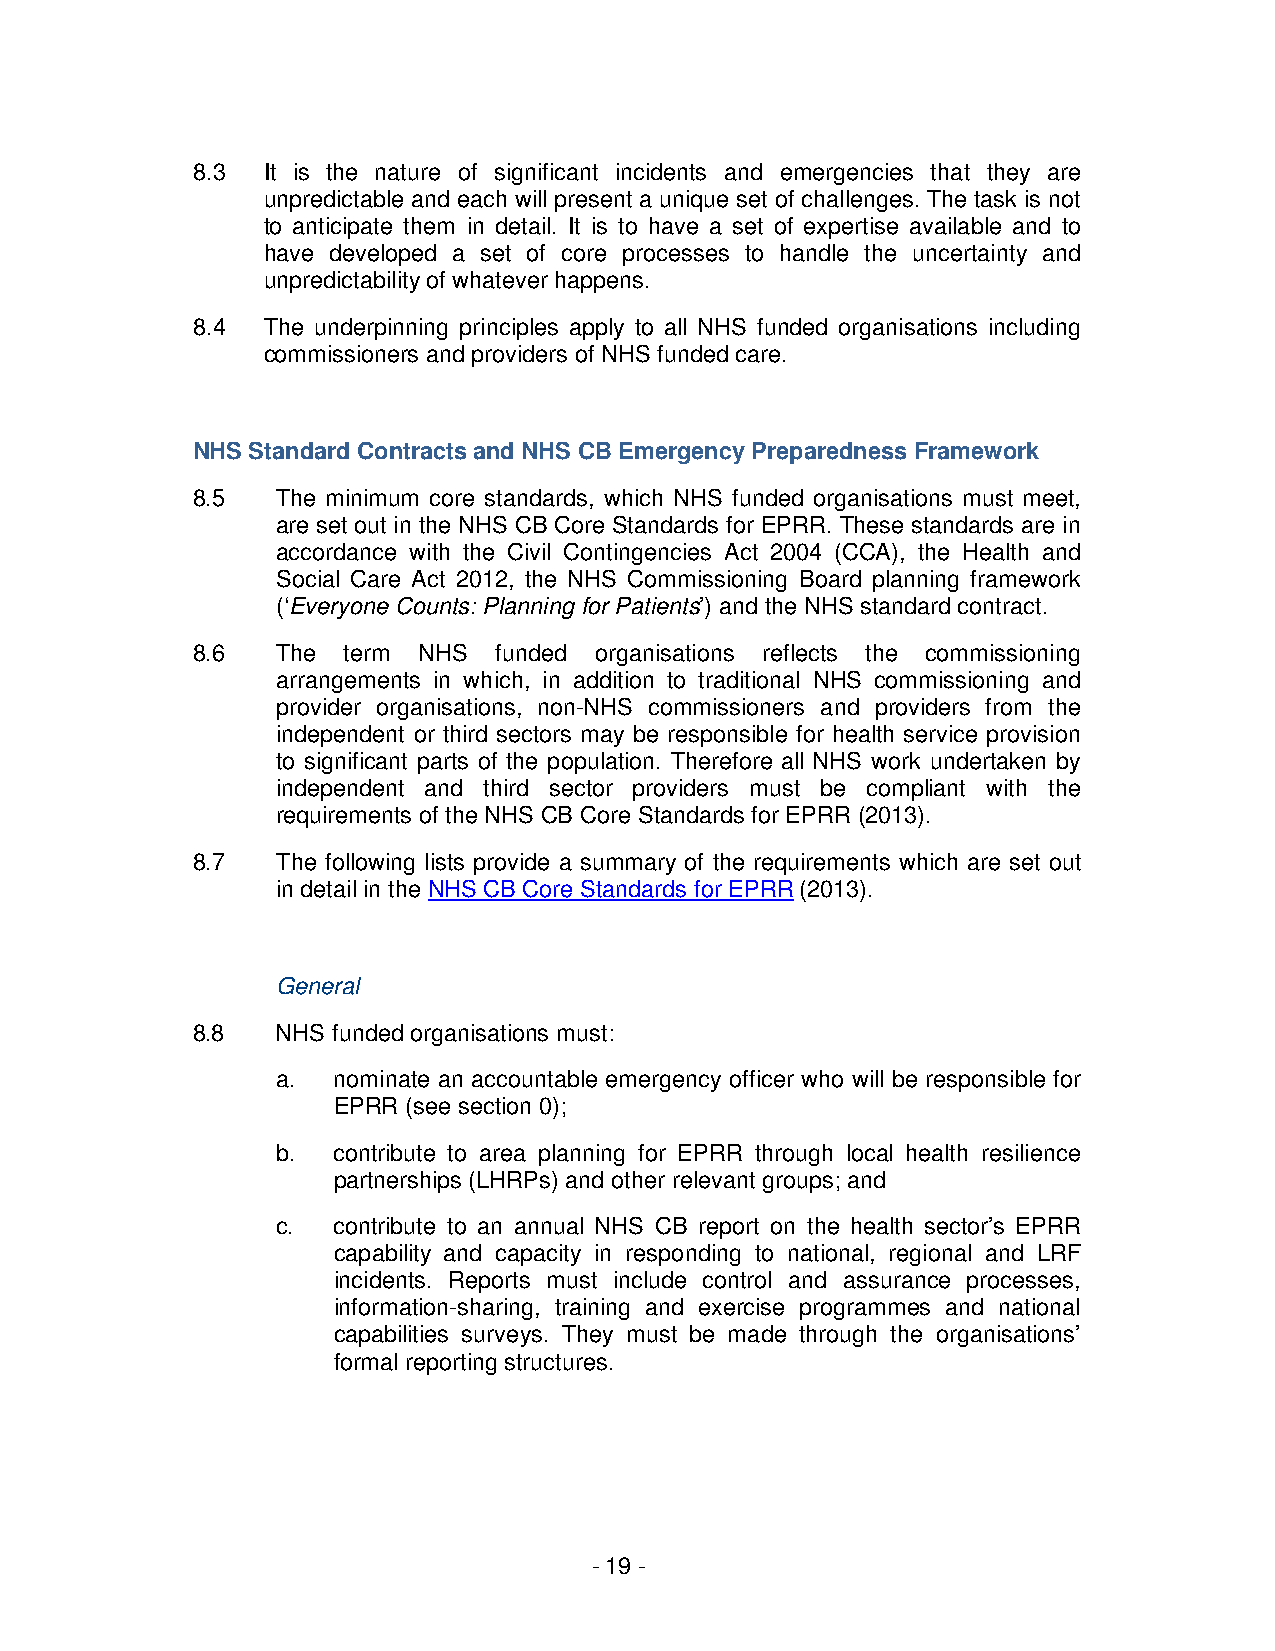
8.3 It is the nature of significant incidents and emergencies that they are
 unpredictable and each will present a unique set of challenges. The task is not
 to anticipate them in detail. It is to have a set of expertise available and to
 have developed a set of core processes to handle the uncertainty and
 unpredictability of whatever happens.
 8.4 The underpinning principles apply to all NHS funded organisations including
 commissioners and providers of NHS funded care.
 NHS Standard Contracts and NHS CB Emergency Preparedness Framework
 8.5  The minimum core standards, which NHS funded organisations must meet,
 are set out in the NHS CB Core Standards for EPRR. These standards are in
 accordance with the Civil Contingencies Act 2004 (CCA), the Health and
 Social Care Act 2012, the NHS Commissioning Board planning framework
 (‘Everyone Counts: Planning for Patients’) and the NHS standard contract.
 8.6  The  term NHS  funded organisations reflects the commissioning
 arrangements in which, in addition to traditional NHS commissioning and
 provider organisations, non-NHS commissioners and providers from the
 independent or third sectors may be responsible for health service provision
 to significant parts of the population. Therefore all NHS work undertaken by
 independent and third sector providers must be compliant with the
 requirements of the NHS CB Core Standards for EPRR (2013).
 8.7  The following lists provide a summary of the requirements which are set out
 in detail in the NHS CB Core Standards for EPRR (2013).
 General
 8.8  NHS funded organisations must:
 a.  nominate an accountable emergency officer who will be responsible for
 EPRR (see section 0);
 b.  contribute to area planning for EPRR through local health resilience
 partnerships (LHRPs) and other relevant groups; and
 c.  contribute to an annual NHS CB report on the health sector’s EPRR
 capability and capacity in responding to national, regional and LRF
 incidents. Reports must include control and assurance processes,
 information-sharing, training and exercise programmes and national
 capabilities surveys. They must be made through the organisations’
 formal reporting structures.
 - 19 -